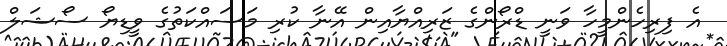
އެ ފިރިހެންމީހާ ވަނީ ޑްރޯންގެ ޒަރިއްޔާއިން އޭނާ ކުރި މަސައްކަތުގެ ވީޑިޔޯ ސޯޝަލް